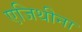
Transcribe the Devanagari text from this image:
एजिथीना